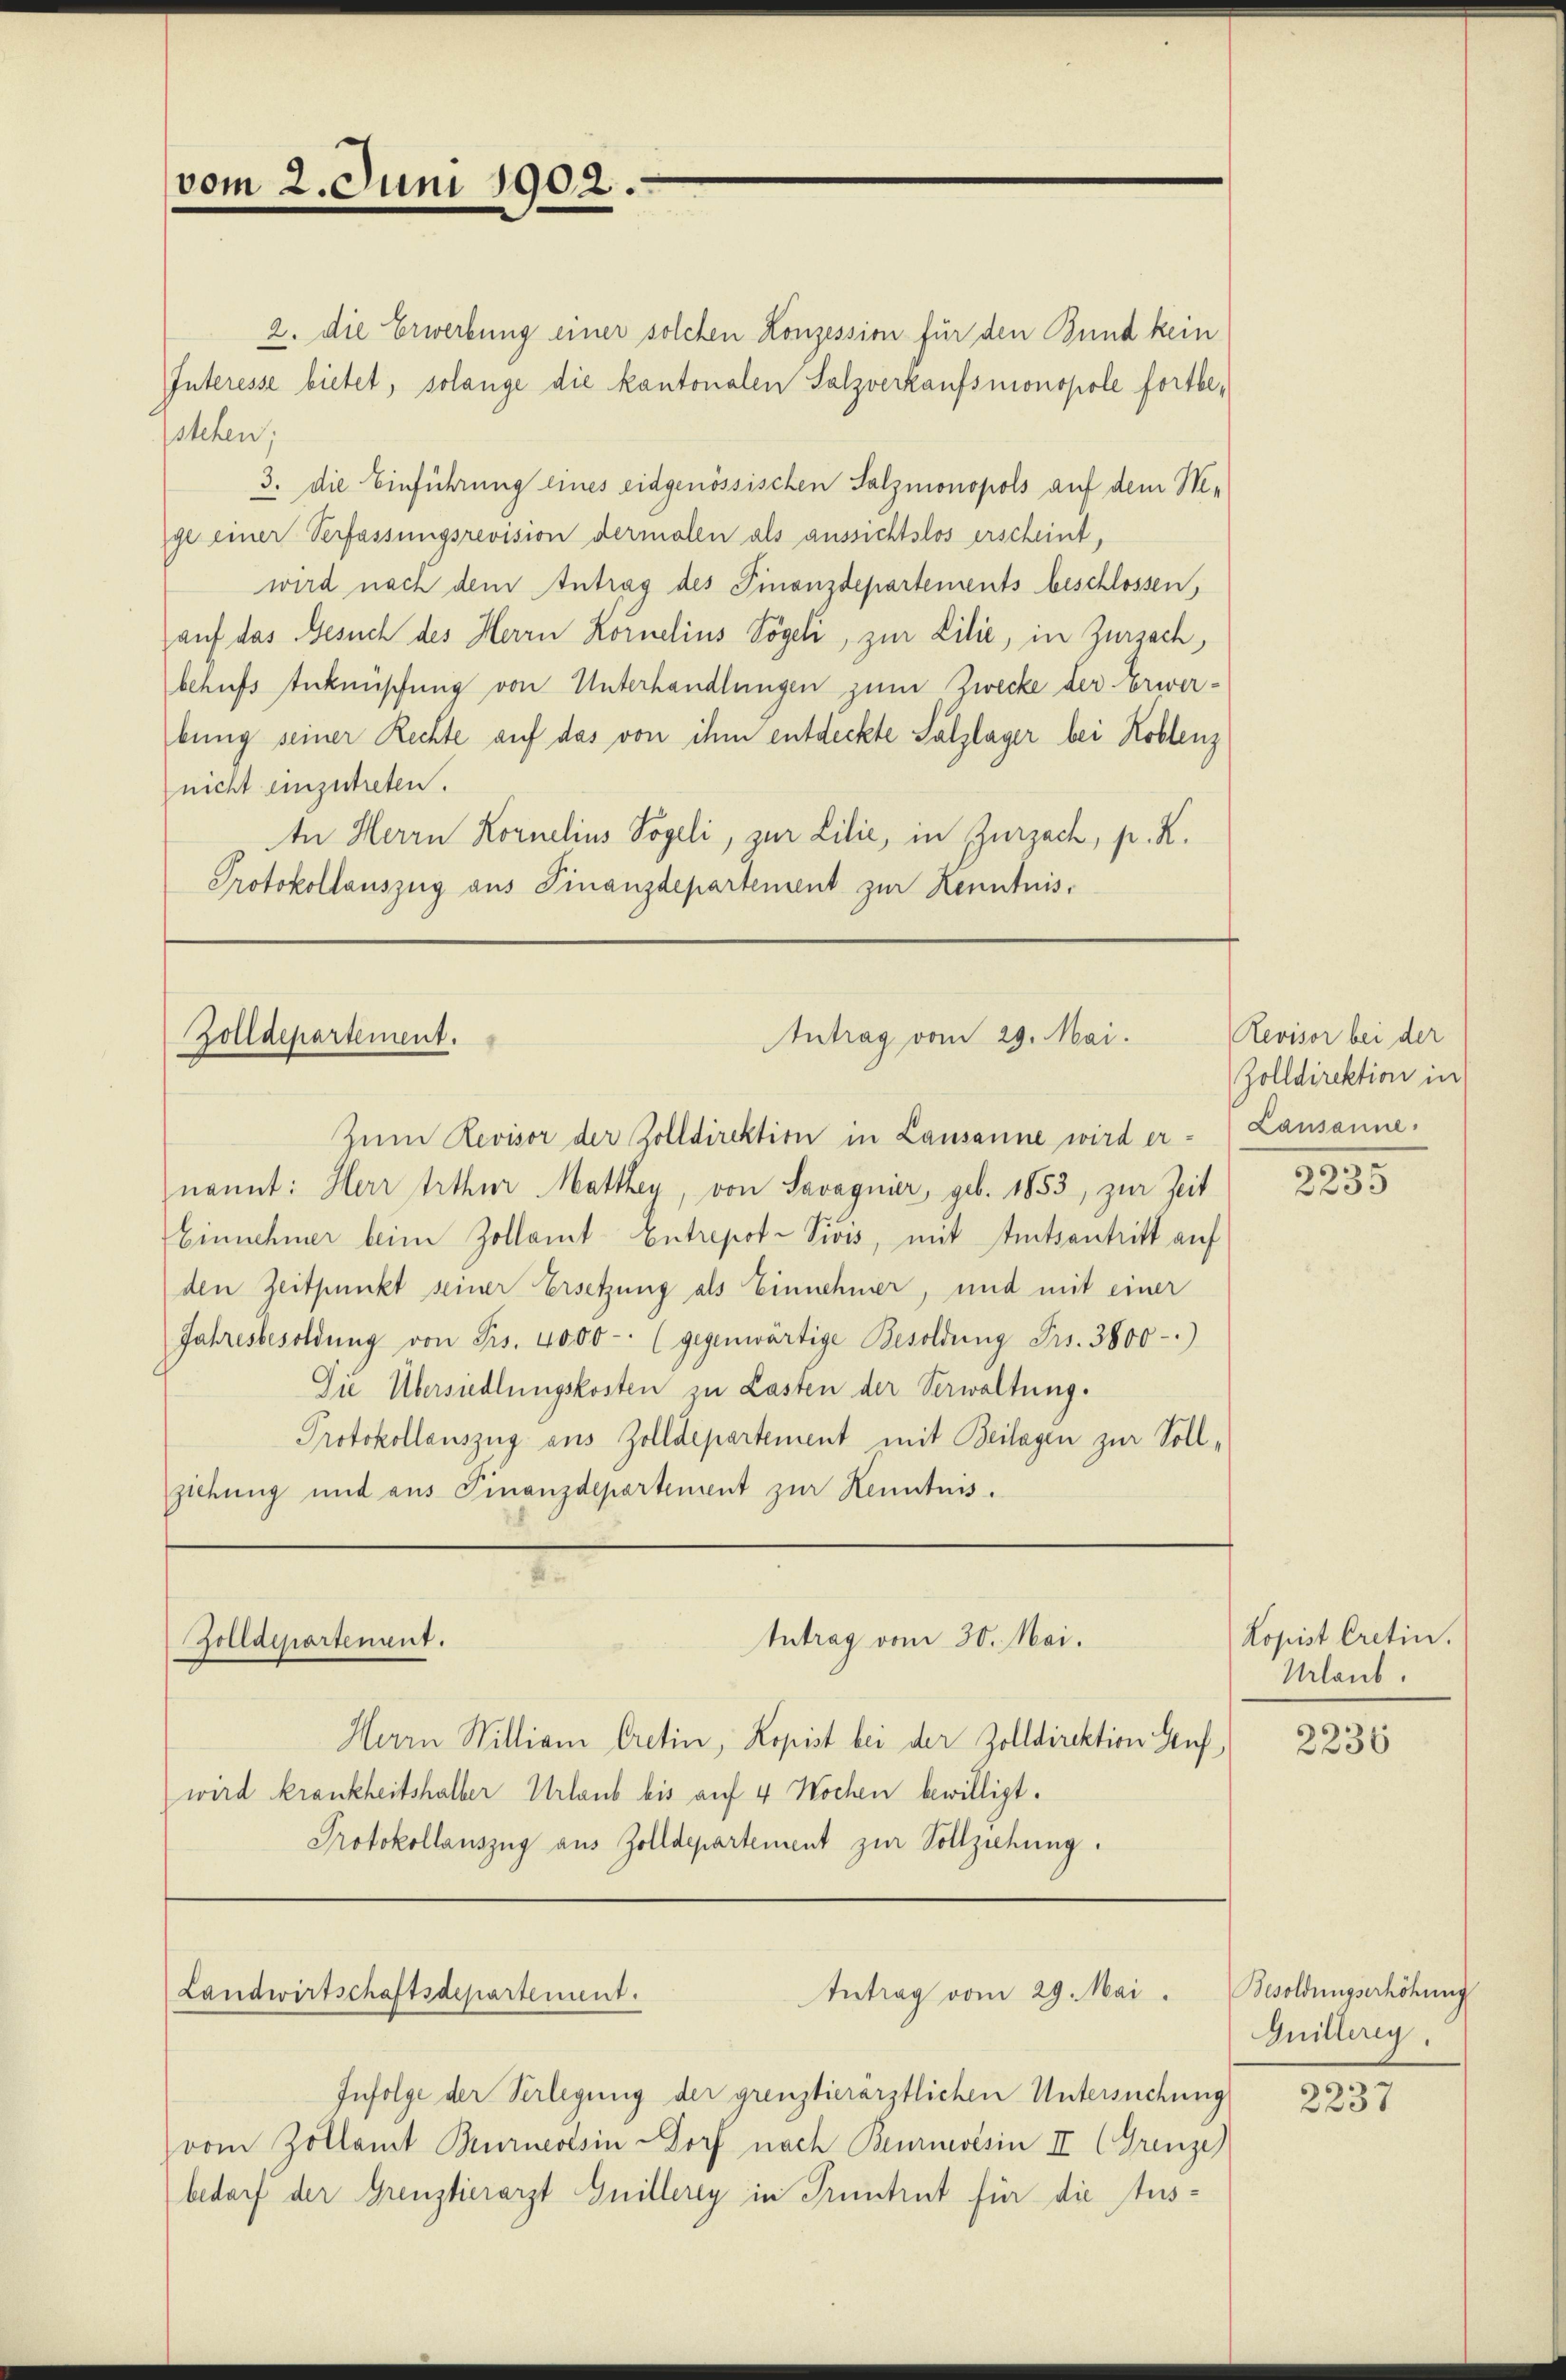
vom 2. Juni 1902.

Zolldepartement.

Zolldepartement.

Landwirtschaftsdepartement.

Antrag vom 29. Mai.

Intrag vom 30. Mai.

2. die Erwerbung einer solchen Konzession für den Bund kein
Interesse bietet, solange die kantonalen Salzverkaufsmonopole fortbestehen;
3. die Einführung eines eidgenössischen Salzmonopols auf dem Mige einer Verfassungsrevision dermalen als aussichtslos erscheint,
wird nach dem Antrag des Finanzdepartements beschlossen,
auf das Gesuch des Herrn Kornelins Vögeli, zur Lilie, in Zurzach,
behufs Anknüpfung von Unterhandlungen zum Zwecke der Erwerbung seiner Rechte auf das von ihm entdeckte Salzlager bei Koblenz
nicht einzutreten.
An Herrn Kornelius Vogeli, zur Lilie, in Zurzach, p. R.
Protokollauszug aus Finanzdepartement zur Kenntnis¬

Herrn Millian Cretin, Kopist bei der Zolldirektion Stuf
wird krankheitshalter Urlaub bis auf 4 Wochen bewilligt.
Protokollauszug aus Zolldepartement zur Vollziehung.

Antrag vom 29. Mai.

Zum Revisor der Zolldirektion in Lausanne wird er-
nannt: Herr Arthur Mattley, von Savagnier, geb. 1853, zur Zeit
Einnehmer beim Zollamt Entrepot-Vivis, mit Amtsantritt auf
den Zeitpunkt seiner Ersetzung als Einnehmer, und mit einer
Jahresbesoldung von Frs. 4000 - (gegenwärtige Besoldung Frs. 3800-
Die Übersiedlungskosten zu Lasten der Verwaltung.
Protokollauszug aus Zolldepartement mit Beilagen zur Sollziehung und aus Finanzdepartement zur Kenntnis.

Infolge der Verlegung der grenztierärztlichen Untersuchung
vom Zollamt Burneoisin Dorf nach Beurmvésin II (Grenze)
bedarf der Grenztierarzt Guillerey in Pruntrut für die Aus¬

Revisor bei der
Zolldirektion in
Lausanne.

195
2235

Kopist Cretin.
Urlaub.

2236

Besoldungserhöhung
Guillereg

2237